Indian journal of veterinary science and animal husbandry - Volume 3,
Year: 1933
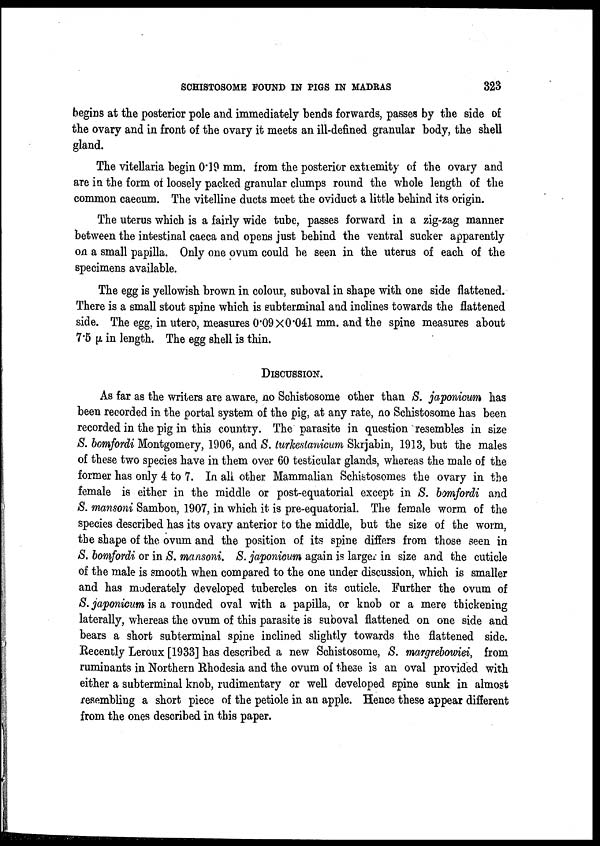
SCHISTOSOME FOUND IN PIGS IN MADRAS
323
begins at the posterior pole and immediately bends forwards, passes by the side of
the ovary and in front of the ovary it meets an ill-defined granular body, the shell
gland.
The vitellaria begin 0.19 mm. from the posterior extremity of the ovary and
are in the form of loosely packed granular clumps round the whole length of the
common caecum. The vitelline ducts meet the oviduct a little behind its origin.
The uterus which is a fairly wide tube, passes forward in a zig-zag manner
between the intestinal caeca and opens just behind the ventral sucker apparently
on a small papilla. Only one ovum could be seen in the uterus of each of the
specimens available.
The egg is yellowish brown in colour, suboval in shape with one side flattened.
There is a small stout spine which is subterminal and inclines towards the flattened
side. The egg, in utero, measures 0.09×0.041 mm. and the spine measures about
7.5 μ in length. The egg shell is thin.
DISCUSSION.
As far as the writers are aware, no Schistosome other than S. japonicum has
been recorded in the portal system of the pig, at any rate, no Schistosome has been
recorded in the pig in this country. The parasite in question resembles in size
S. bomfordi Montgomery, 1906, and S. turkestanicum Skrjabin, 1913, but the males
of these two species have in them over 60 testicular glands, whereas the male of the
former has only 4 to 7. In all other Mammalian Schistosomes the ovary in the
female is either in the middle or post-equatorial except in S. bomfordi and
S. mansoni Sambon, 1907, in which it is pre-equatorial. The female worm of the
species described has its ovary anterior to the middle, but the size of the worm,
the shape of the ovum and the position of its spine differs from those seen in
S. bomfordi or in S. mansoni. S. japonicum again is larger in size and the cuticle
of the male is smooth when compared to the one under discussion, which is smaller
and has moderately developed tubercles on its cuticle. Further the ovum of
S. japonicum is a rounded oval with a papilla, or knob or a mere thickening
laterally, whereas the ovum of this parasite is suboval flattened on one side and
bears a short subterminal spine inclined slightly towards the flattened side.
Recently Leroux [1933] has described a new Schistosome, S. margrebowiei, from
ruminants in Northern Rhodesia and the ovum of these is an oval provided with
either a subterminal knob, rudimentary or well developed spine sunk in almost
resembling a short piece of the petiole in an apple. Hence these appear different
from the ones described in this paper.